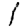
Digit: 1